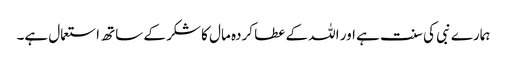
ہمارے نبی کی سنت ہے اور اللہ کے عطا کردہ مال کا شکر کے ساتھ استعمال ہے۔